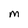
Character: M